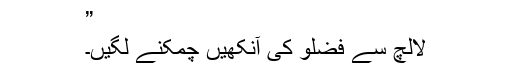
”
لالچ سے فضلو کی آنکھیں چمکنے لگیں۔